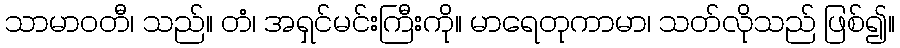
သာမာဝတီ၊ သည်။ တံ၊ အရှင်မင်းကြီးကို။ မာရေတုကာမာ၊ သတ်လိုသည် ဖြစ်၍။